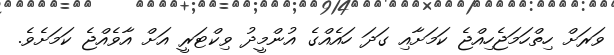
ވަރަށް ހިތްހަމަޖެހިއްޖެ ކަމަށާއި ގަދަ ހައެއްގެ އުންމީދު ވިކްޓަރީ އަށް އާވެއްޖެ ކަމަށެވެ.